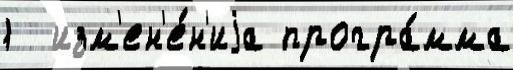
1  изм'ен'е́н'иjа програ́мма